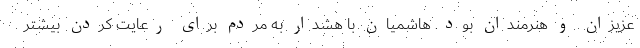
عزیزان و هنرمندان بود. هاشمیان با هشدار به مردم برای رعایت کردن بیشتر